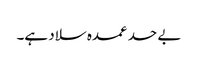
بے حد عمدہ سلاد ہے۔